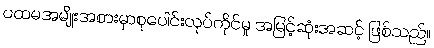
ပထမအမျိုးအစားမှာစုပေါင်းလုပ်ကိုင်မှု အမြင့်ဆုံးအဆင့် ဖြစ်သည်။